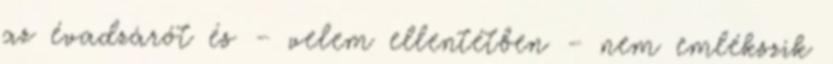
az évadzárót és – velem ellentétben – nem emlékszik